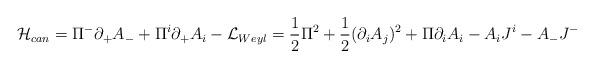
LaTeX: \begin{align*}{\cal H}_{can} = \Pi^{-}\partial_{+}A_{-} +\Pi^i\partial_{+}A_i - {\cal L}_{Weyl} = \frac 1 2 \Pi^2 + \frac 1 2 (\partial_i A_j)^2 + \Pi\partial_i A_i - A_i J^i - A_{-} J^{-}\end{align*}